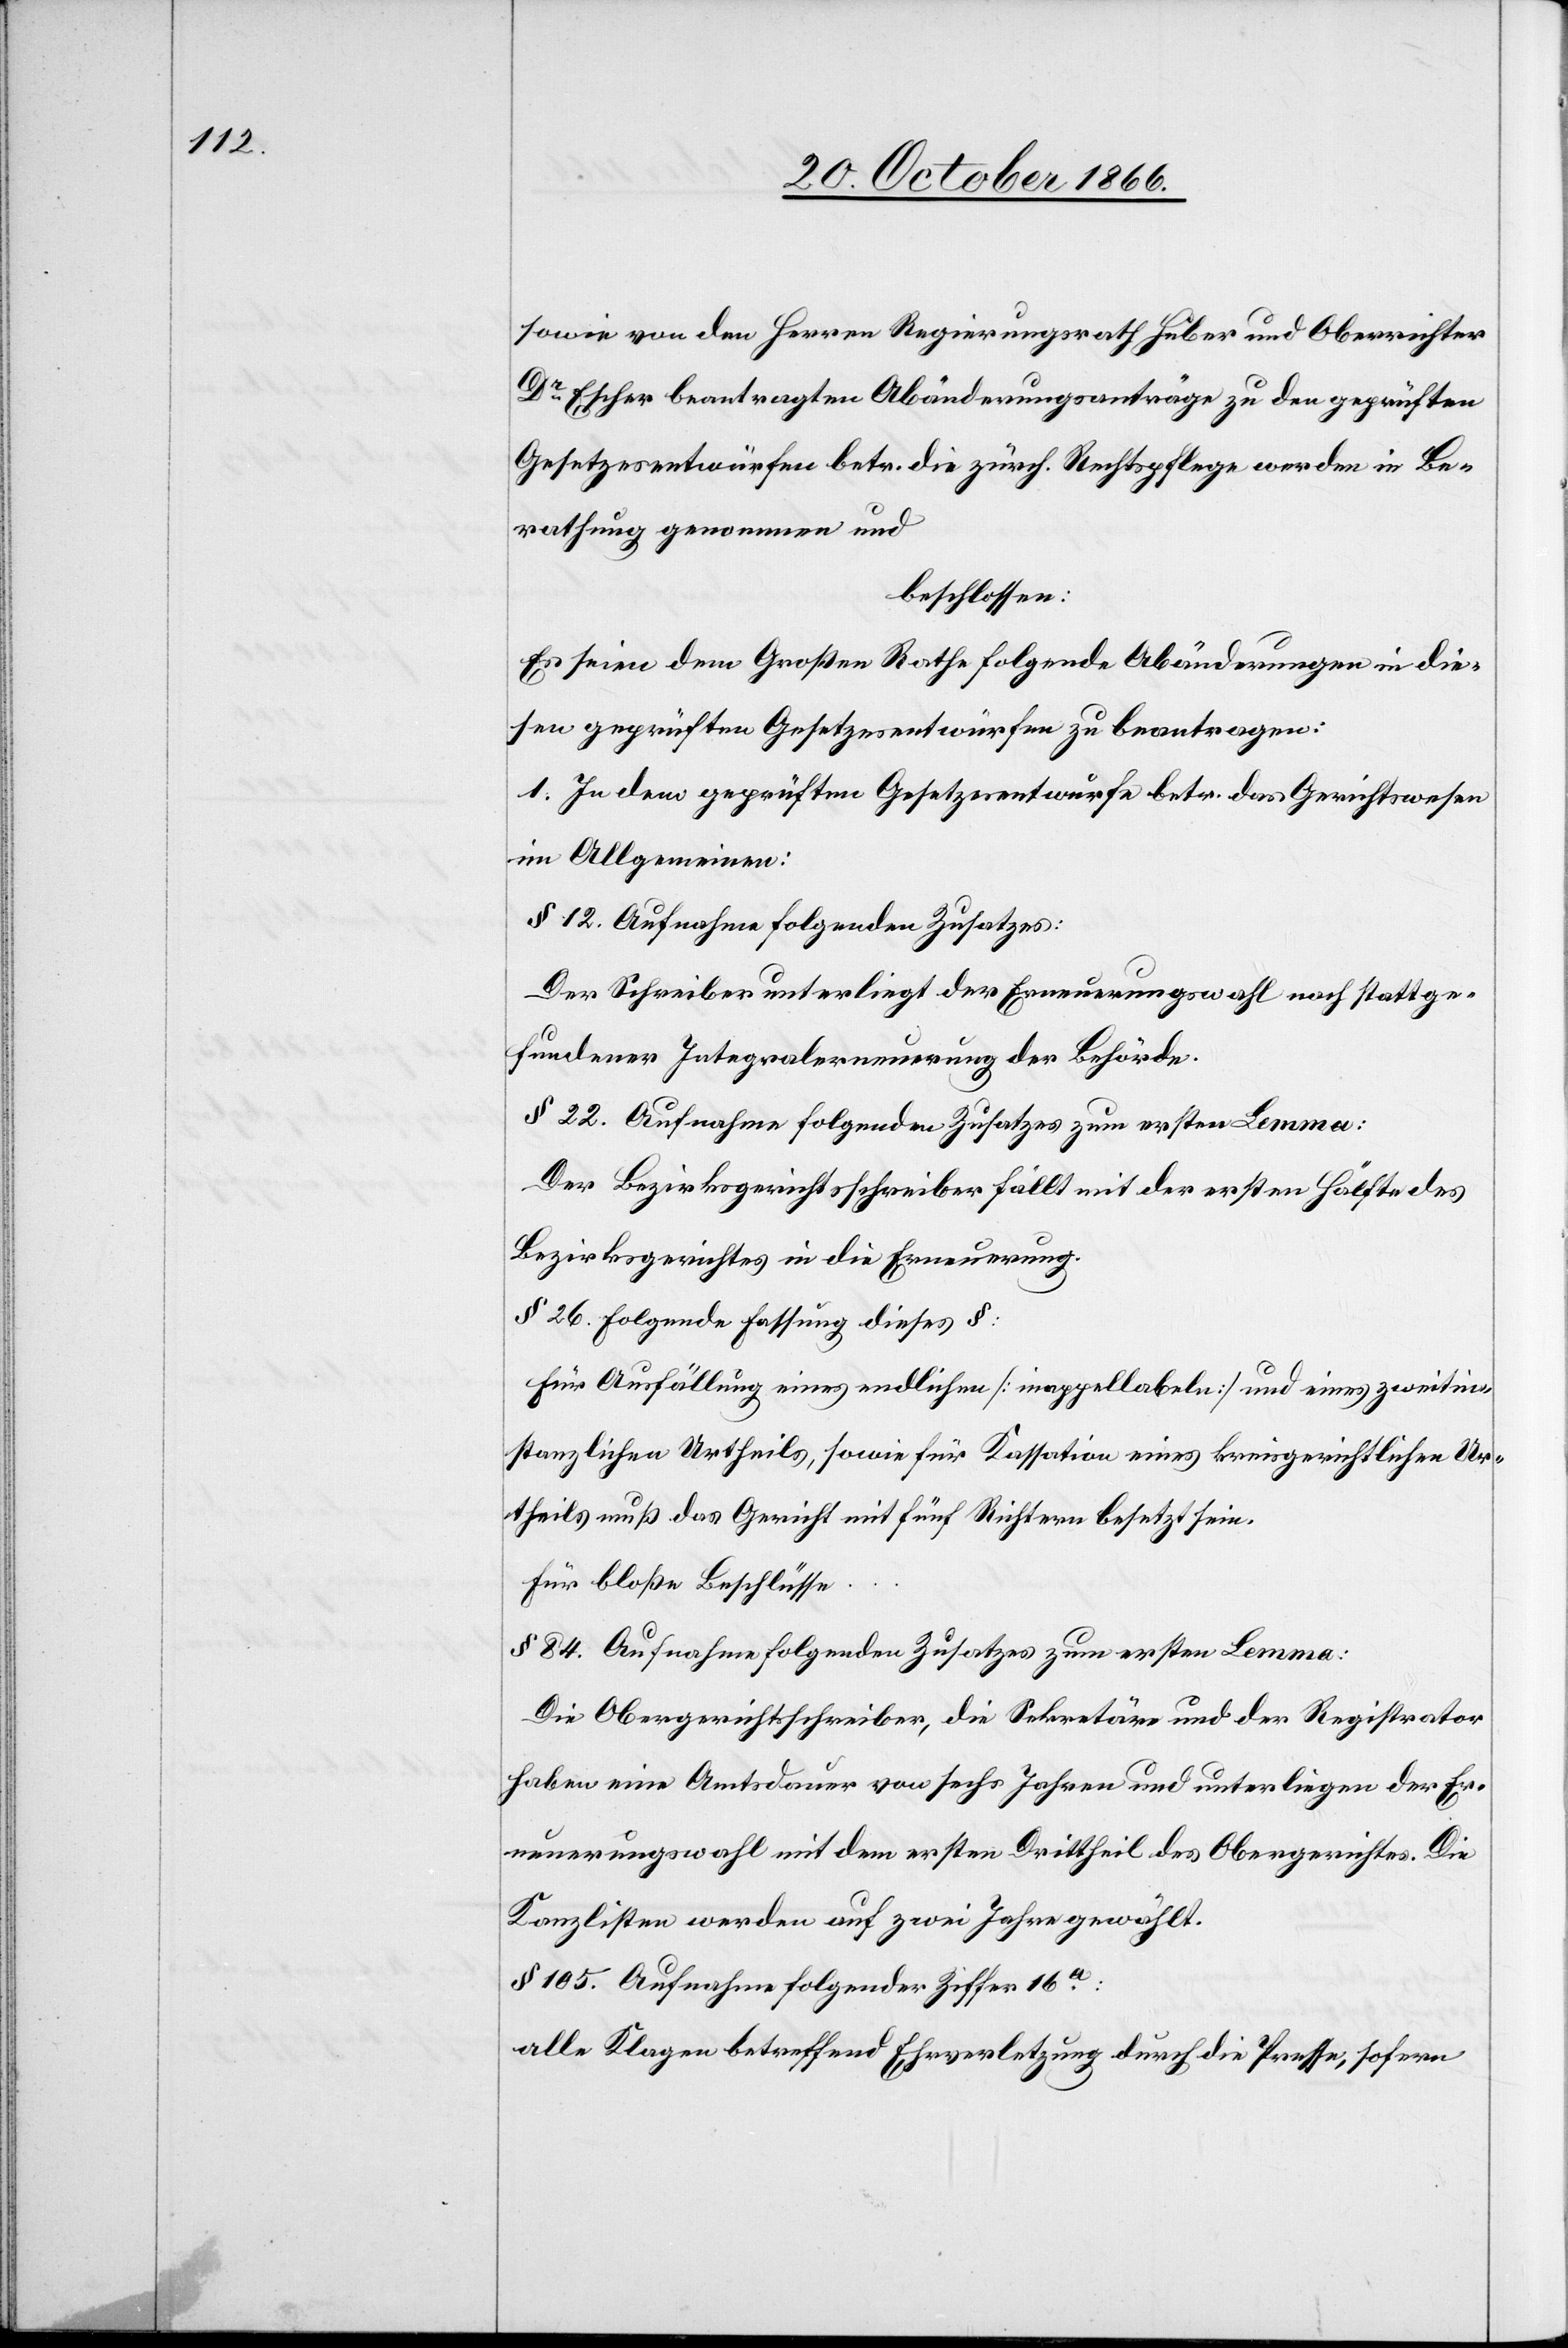
sowie von den Herren Regierungsrath Huber und Oberrichter
Dr. Escher beantragten Abänderungsanträge zu den geprüften
Gesetzesentwürfen betr. die zürch. Rechtspflege werden in Be¬
rathung genommen und
beschlossen:
Es seien dem Großen Rathe folgende Abänderungen in die¬
sen geprüften Gesetzesentwürfen zu beantragen:
1. In dem geprüften Gesetzesentwurfe betr. das Gerichtswesen
im Allgemeinen:
§ 12. Aufnahme folgenden Zusatzes:
Der Schreiber unterliegt der Erneuerungswahl nach stattge¬
fundener Integralerneuerung der Behörde.
§ 22. Aufnahme folgenden Zusatzes zum ersten Lemma:
Der Bezirksgerichtsschreiber fällt mit der ersten Hälfte des
Bezirksgerichtes in die Erneuerung.
§ 26. Folgende Fassung dieses §:
Für Ausfällung eines endlichen [inappellabeln] und eines zweitin¬
stanzlichen Urtheils, sowie für Kassation eines kreisgerichtlichen Ur¬
theils muß das Gericht mit fünf Richtern besetzt sein.
Für bloße Beschlüsse
§ 84. Aufnahme folgenden Zusatzes zum ersten Lemma:
Die Obergerichtsschreiber, die Sekretäre und der Registrator
haben eine Amtsdauer von sechs Jahren und unterliegen der Er¬
neuerungswahl mit dem ersten Drittheil des Obergerichtes. Die
Kanzlisten werden auf zwei Jahre gewählt.
§ 105. Aufnahme folgender Ziffer 16a.:
alle Klagen betreffend Ehrverletzung durch die Presse, sofern